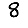
Digit: 8